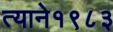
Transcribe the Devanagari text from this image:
त्याने१९८३